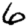
Digit: 6